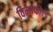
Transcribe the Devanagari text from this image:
विन्नफील्ड